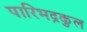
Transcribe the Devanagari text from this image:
पारिभद्रकुल